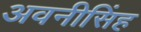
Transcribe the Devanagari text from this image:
अवनीसिंह